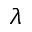
\lambda